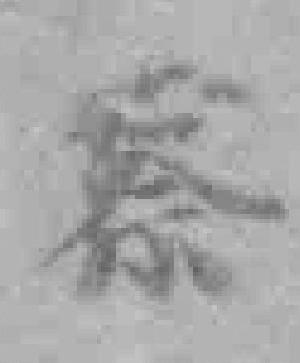
察